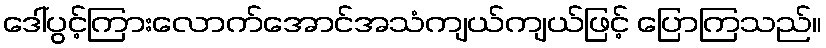
ဒေါ်ပွင့်ကြားလောက်အောင်အသံကျယ်ကျယ်ဖြင့် ပြောကြသည်။